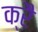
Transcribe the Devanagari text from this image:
क्रै